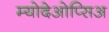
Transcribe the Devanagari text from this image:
म्योदेओप्सिअ